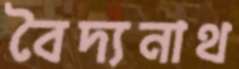
বৈদ্যনাথ